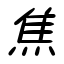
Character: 焦